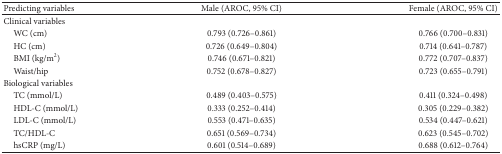
<table><thead><tr><td><b>Predicting variables</b></td><td><b>Male (AROC, 95% CI)</b></td><td><b>Female (AROC, 95% CI)</b></td></tr></thead><tbody><tr><td>Clinical variables</td><td> </td><td> </td></tr><tr><td> WC (cm)</td><td>0.793 (0.726–0.861)</td><td>0.766 (0.700–0.831)</td></tr><tr><td> HC (cm)</td><td>0.726 (0.649–0.804)</td><td>0.714 (0.641–0.787)</td></tr><tr><td> BMI (kg/m<sup>2</sup>)</td><td>0.746 (0.671–0.821)</td><td>0.772 (0.707–0.837)</td></tr><tr><td> Waist/hip</td><td>0.752 (0.678–0.827)</td><td>0.723 (0.655–0.791)</td></tr><tr><td>Biological variables</td><td> </td><td> </td></tr><tr><td> TC (mmol/L)</td><td>0.489 (0.403–0.575)</td><td>0.411 (0.324–0.498)</td></tr><tr><td> HDL-C (mmol/L)</td><td>0.333 (0.252–0.414)</td><td>0.305 (0.229–0.382)</td></tr><tr><td> LDL-C (mmol/L)</td><td>0.553 (0.471–0.635)</td><td>0.534 (0.447–0.621)</td></tr><tr><td> TC/HDL-C</td><td>0.651 (0.569–0.734)</td><td>0.623 (0.545–0.702)</td></tr><tr><td> hsCRP (mg/L)</td><td>0.601 (0.514–0.689)</td><td>0.688 (0.612–0.764)</td></tr></tbody></table>